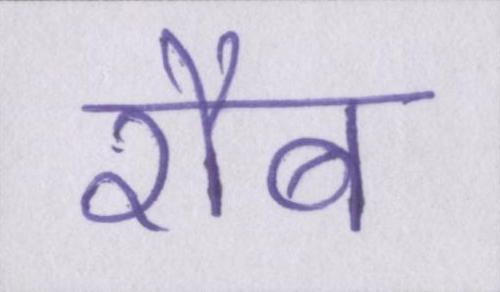
रौब